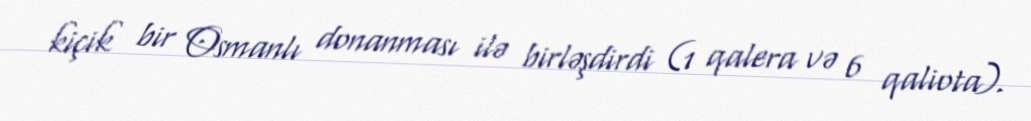
kiçik bir Osmanlı donanması ilə birləşdirdi (1 qalera və 6 qaliota).